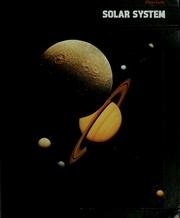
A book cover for Solar System - Planet Earth; Kendrick and the Editors of Time-life Books Frazier; Science & Math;